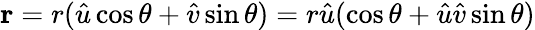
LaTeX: \mathbf{r}=r({\hat{u}}\cos\theta+{\hat{v}}\sin\theta)=r{\hat{u}}(\cos\theta+{\hat{u}}{\hat{v}}\sin\theta)